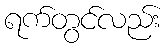
ရက်တွင်လည်း